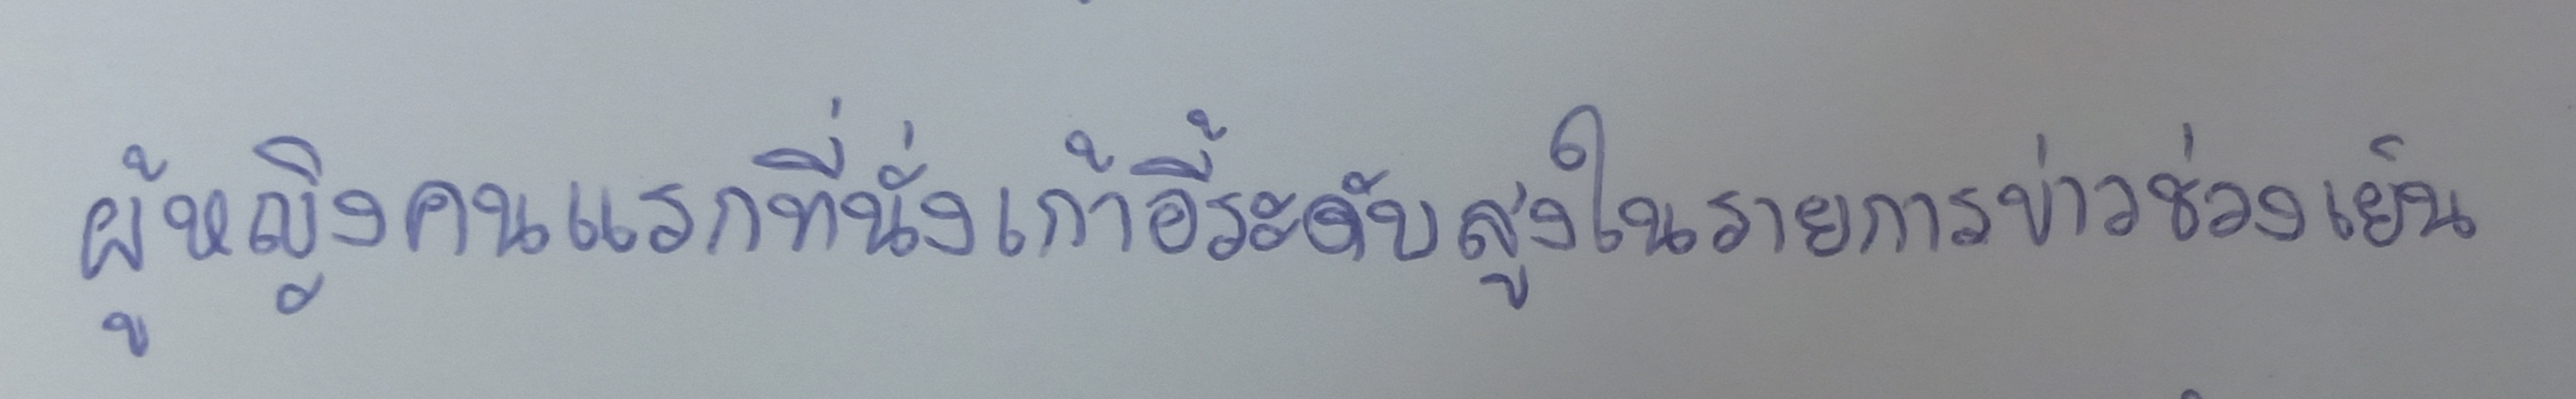
ผู้หญิงคนแรกที่นั่งเก้าอี้ระดับสูงในรายการข่าวช่วงเย็น